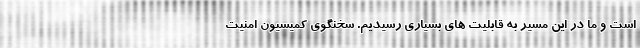
است و ما در این مسیر به قابلیت های بسیاری رسیدیم. سخنگوی کمیسیون امنیت